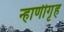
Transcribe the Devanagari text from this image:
न्हाणीगृह